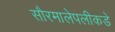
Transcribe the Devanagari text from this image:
सौरमालेपलीकडे